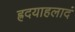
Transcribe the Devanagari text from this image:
ह्रदयाहलादं